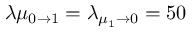
\lambda \mu _ { 0 \to 1 } = \lambda _ { \mu _ { 1 } \to 0 } = 5 0